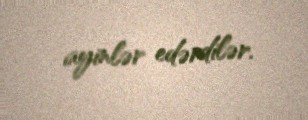
ayinlər edərdilər.